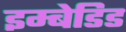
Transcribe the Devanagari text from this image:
इम्बेडिड